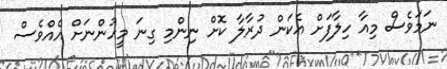
ނަމަވެސް މިއާ ހިލާފަށް އެކަން ދުރާލާ ކޮށް ނިންމި ގިނަ މީހުންނަށް އެއްވެސް